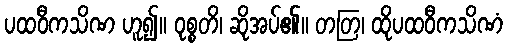
ပထဝီကသိဏ ဟူ၍။ ဝုစ္စတိ၊ ဆိုအပ်၏။ တတြ၊ ထိုပထဝီကသိဏံ